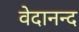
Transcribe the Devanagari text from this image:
वेदानन्द